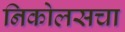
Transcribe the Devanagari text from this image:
निकोलसचा